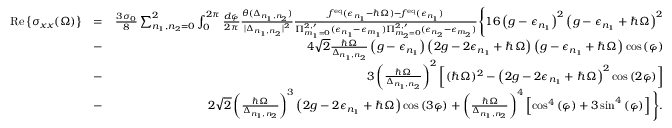
\begin{array} { r l r } { \, \mathrm { R e } \left\{ { \sigma _ { x x } ( \Omega ) } \right\} } & { = } & { \frac { 3 \sigma _ { 0 } } { 8 } \sum _ { n _ { 1 } , n _ { 2 } = 0 } ^ { 2 } \int _ { 0 } ^ { 2 \pi } \frac { d \varphi } { 2 \pi } \frac { \theta ( \Delta _ { n _ { 1 } , n _ { 2 } } ) } { | \Delta _ { n _ { 1 } , n _ { 2 } } | ^ { 2 } } \frac { f ^ { \mathrm { e q } } ( \epsilon _ { n _ { 1 } } - \hbar \Omega ) - f ^ { \mathrm { e q } } ( \epsilon _ { n _ { 1 } } ) } { \Pi _ { m _ { 1 } = 0 } ^ { 2 , \prime } ( \epsilon _ { n _ { 1 } } - \epsilon _ { m _ { 1 } } ) \Pi _ { m _ { 2 } = 0 } ^ { 2 , \prime } ( \epsilon _ { n _ { 2 } } - \epsilon _ { m _ { 2 } } ) } \Bigg \{ 1 6 \left( g - \epsilon _ { n _ { 1 } } \right) ^ { 2 } \left( g - \epsilon _ { n _ { 1 } } + \hbar \Omega \right) ^ { 2 } } \\ & { - } & { 4 \sqrt { 2 } \frac { \hbar \Omega } { \Delta _ { n _ { 1 } , n _ { 2 } } } \left( g - \epsilon _ { n _ { 1 } } \right) \left( 2 g - 2 \epsilon _ { n _ { 1 } } + \hbar \Omega \right) \left( g - \epsilon _ { n _ { 1 } } + \hbar \Omega \right) \cos { ( \varphi ) } } \\ & { - } & { 3 \left( \frac { \hbar \Omega } { \Delta _ { n _ { 1 } , n _ { 2 } } } \right) ^ { 2 } \left[ ( \hbar \Omega ) ^ { 2 } - \left( 2 g - 2 \epsilon _ { n _ { 1 } } + \hbar \Omega \right) ^ { 2 } \cos { ( 2 \varphi ) } \right] } \\ & { - } & { 2 \sqrt { 2 } \left( \frac { \hbar \Omega } { \Delta _ { n _ { 1 } , n _ { 2 } } } \right) ^ { 3 } \left( 2 g - 2 \epsilon _ { n _ { 1 } } + \hbar \Omega \right) \cos { ( 3 \varphi ) } + \left( \frac { \hbar \Omega } { \Delta _ { n _ { 1 } , n _ { 2 } } } \right) ^ { 4 } \left[ \cos ^ { 4 } { ( \varphi ) } + 3 \sin ^ { 4 } { ( \varphi ) } \right] \Bigg \} . } \end{array}